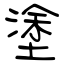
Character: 塗